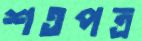
শতপত্র